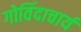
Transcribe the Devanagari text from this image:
गोविंदाचार्य